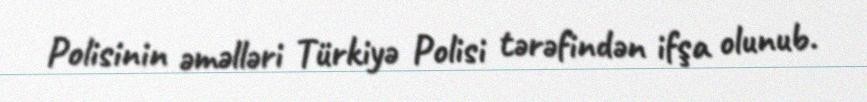
Polisinin əməlləri Türkiyə Polisi tərəfindən ifşa olunub.